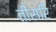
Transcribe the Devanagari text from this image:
तीसरि